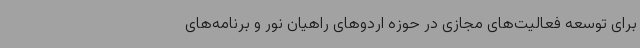
برای توسعه فعالیت‌های مجازی در حوزه اردوهای راهیان نور و برنامه‌های